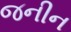
જનીન